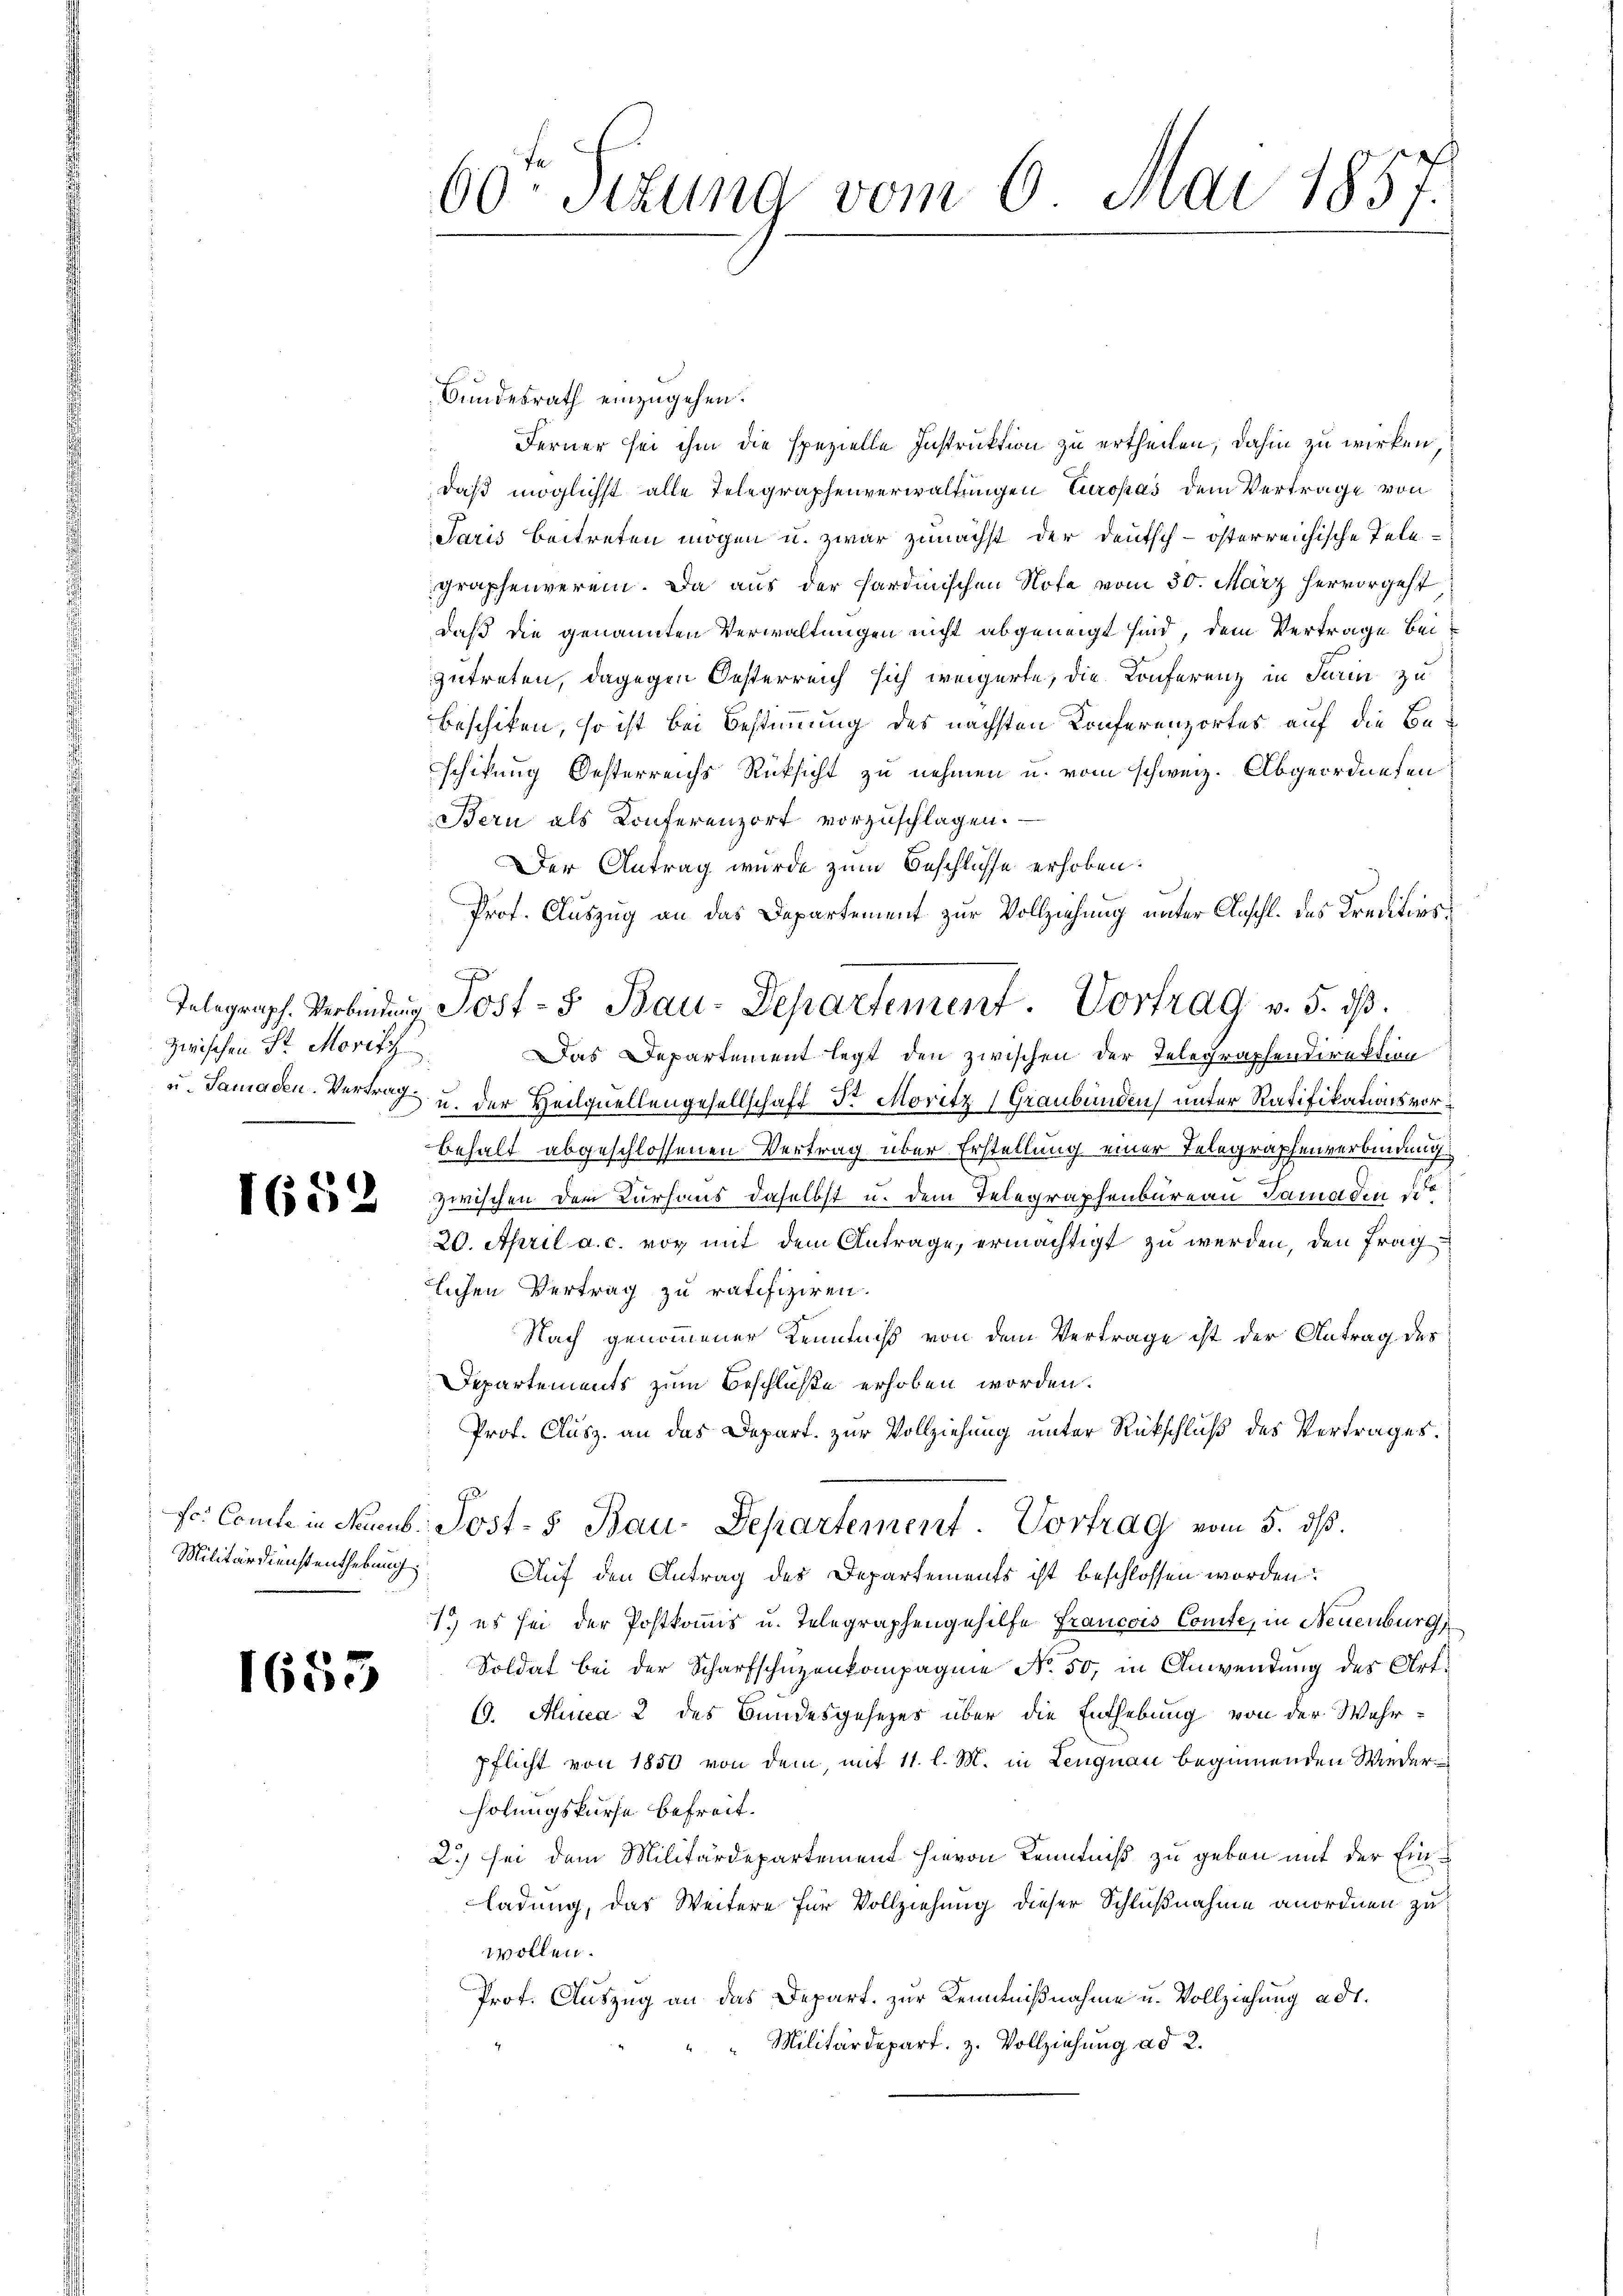
zwischen Sr. Moritz

Militärdienstenthebung.

1655

60te Sitzung vom 6. Mai 1857.

Bundesrath einzugehen.
Ferner sei ihm die spezielle Instruktion zu ertheilen, dahin zu wirken,
.
daß möglichst alle Telegraphenverwaltungen Europas dem Vertrage von
Paris beitreten mögen u. zwar zunächst der Deutsch-österreichische Telegraphenverein. Da aus der Hardinischen Note vom 30. März hervorgeht
daß die genannten Verwaltungen nicht abgeneigt sind, dem Vertrage beizutreten, dagegen Oesterreich sich weigerte, die Conferenz in Turin zu
Beschiken, so ist bei Bestimmung des nächsten Konferenzortes auf die Beschikung Oesterreichs Rücksicht zu nehmen u. vom schweiz. Abgeordneten
Bern als Konferenzort vorzuschlagen.
Der Antrag wurde zum Beschlusse erhoben.
Prof. Auszug an das Departement zur Vollziehung unter Anschl. des Kreditiosx
Das Departement legt den zwischen der Telegraphendirektion
u. Samaden. Vertrag u. der Heilquellengesellschaft Dr. Moritz Graubünden, unter Ratifikationsvorbehalt abgeschlossenen Vertrag über Erstellung einer Telegraphenverbindung
C832 zwischen dem Kurhaus daselbst u. dem Telegraphenbureau Samaden die
20. April a. c. vor mit dem Antrage, ermächtigt zu werden, den Frag
lichen Vertrag zu ratifiziren.
Nach genommener Kenntniß von dem Vertrage ist der Antrag des
Departements zum Beschluße erhoben worden.
Prof. Cusz. an das Depart. zur Vollziehung unter Rückschluß des Vertrages.
fr. Comte in Naumb. Post- 5. Bau-Departement Vortrag vom 5. dβ.
Auf den Antrag des Departements ist beschlossen worden:
1.) es sei der Postkomis u. Telegraphengehilfe Francois Comte, in Neuenburg,
Soldat bei der Scharfschuzenkompagnie No. 50, in Anwendung des Art.
69. Auca 2 des Bundesgesezes über die Enthebung von der Wahr-
pflicht von 1850 von dem, mit 11. l. M. in Lengnau beginnenden Wiederholungskurse befreit.
2.) sei dem Militärdepartement hievon Kenntniß zu geben mit der Einladung, das Weitere für Vollziehung dieser Schlußnahme anordnen zu
wollen.
Prof. Auszug an das Depart. zur Kenntnißnahme u. Vollziehung ad 1.
"Militärdepart. 3. Vollziehung ad 2.

Telegraph. Verbindung Jost- & Bau-Departement. Vortrag v. 5. dβ.